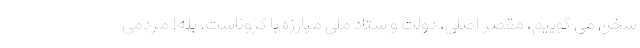
سخن می گوییم، مقصر اصلی، دولت و ستاد ملی مبارزه با کروناست. بله! مردمی